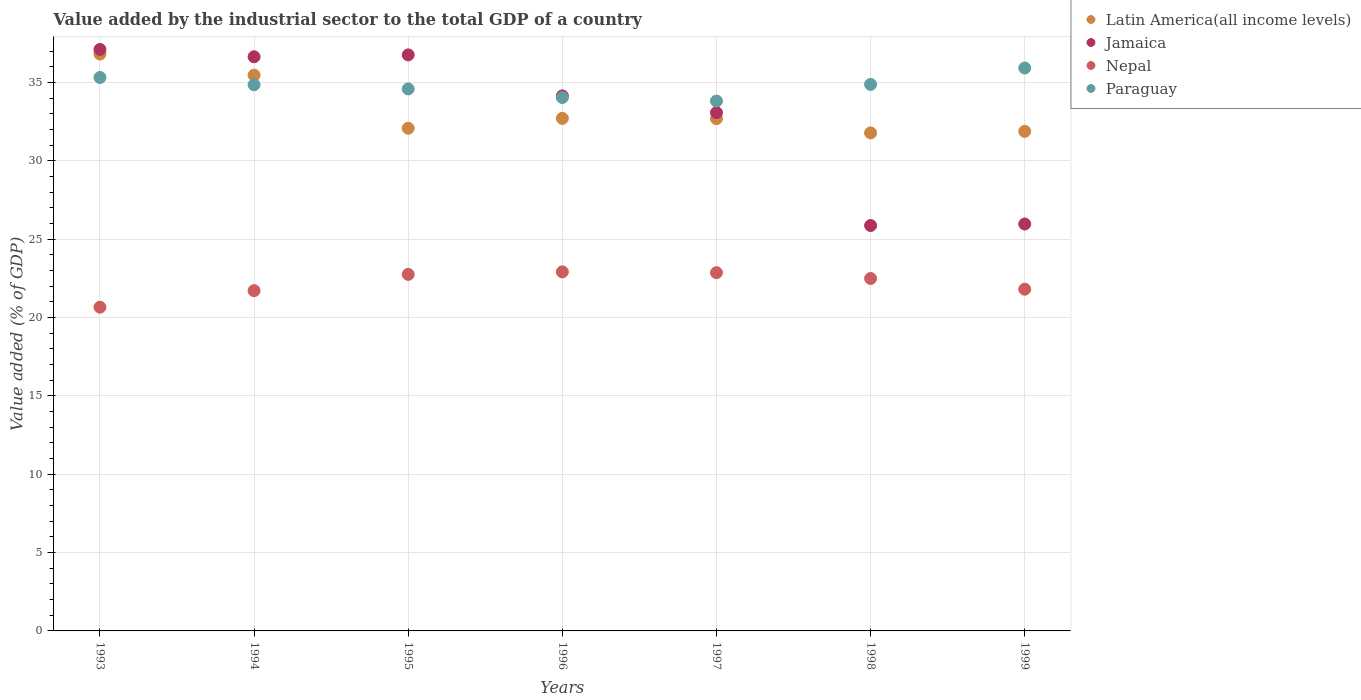
| Years | Latin America(all income levels) | Jamaica | Nepal | Paraguay |
 | --- | --- | --- | --- | --- |
 | 1993 | 36.8 | 37.1 | 20.7 | 35.3 |
 | 1994 | 35.5 | 36.6 | 21.7 | 34.9 |
 | 1995 | 32.1 | 36.8 | 22.8 | 34.6 |
 | 1996 | 32.7 | 34.1 | 22.9 | 34 |
 | 1997 | 32.7 | 33.1 | 22.9 | 33.8 |
 | 1998 | 31.8 | 25.9 | 22.5 | 34.9 |
 | 1999 | 31.9 | 26 | 21.8 | 35.9 |